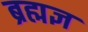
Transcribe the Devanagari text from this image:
ब्रह्मज्ञ